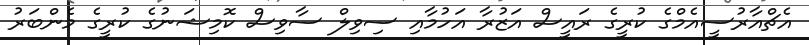
އެޗްއާރުސީއެމްގެ ކުރީގެ ރައީސް އަޒުރާ އަހުމާއި ސިވިލް ސާވިސް ކޮމިޝަނުގެ ކުރީގެ މެންބަރު